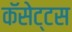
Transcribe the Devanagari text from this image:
कॅसेट्टस